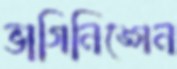
ভাগিনিঙ্গেন